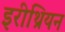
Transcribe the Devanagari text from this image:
इरीथ्रियन